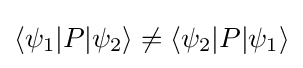
\langle \psi _{1}|P|\psi _{2}\rangle \neq \langle \psi _{2}|P|\psi _{1}\rangle